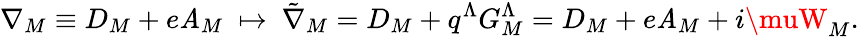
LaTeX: \nabla_{M}\equiv{D}_{M}+e\mathit{A}_{M}\ \mapsto\ {\tilde{{\nabla}}}_{M}={D}_{M}+q^{\Lambda}G_{M}^{\Lambda}={D}_{M}+e\mathit{A}_{M}+i\muW_{M}.